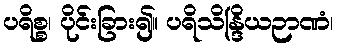
ပရိစ္စ၊ ပိုင်းခြား၍။ ပရိသိန္ဒြိယဉာဏံ၊